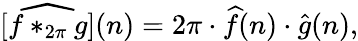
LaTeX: [{\widehat{f*_{2\pi}g}}](n)=2\pi\cdot{\widehat{f}}(n)\cdot{\widehat{g}}(n),